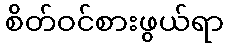
စိတ်ဝင်စားဖွယ်ရာ